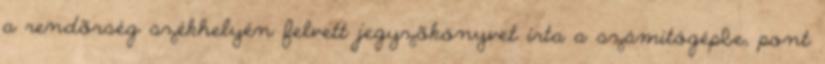
a rendõrség székhelyén felvett jegyzõkönyvet írta a számítógépbe, pont